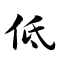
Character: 低